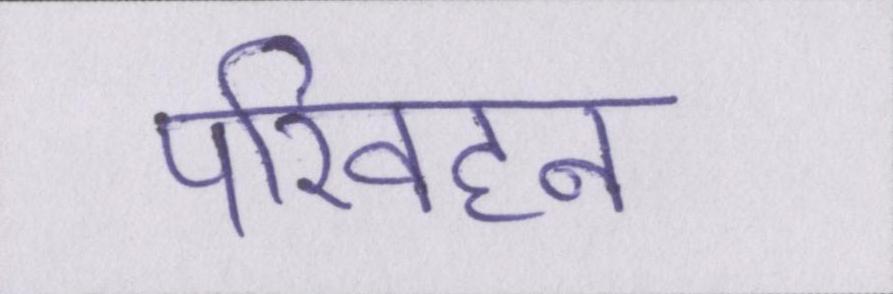
परिवहन